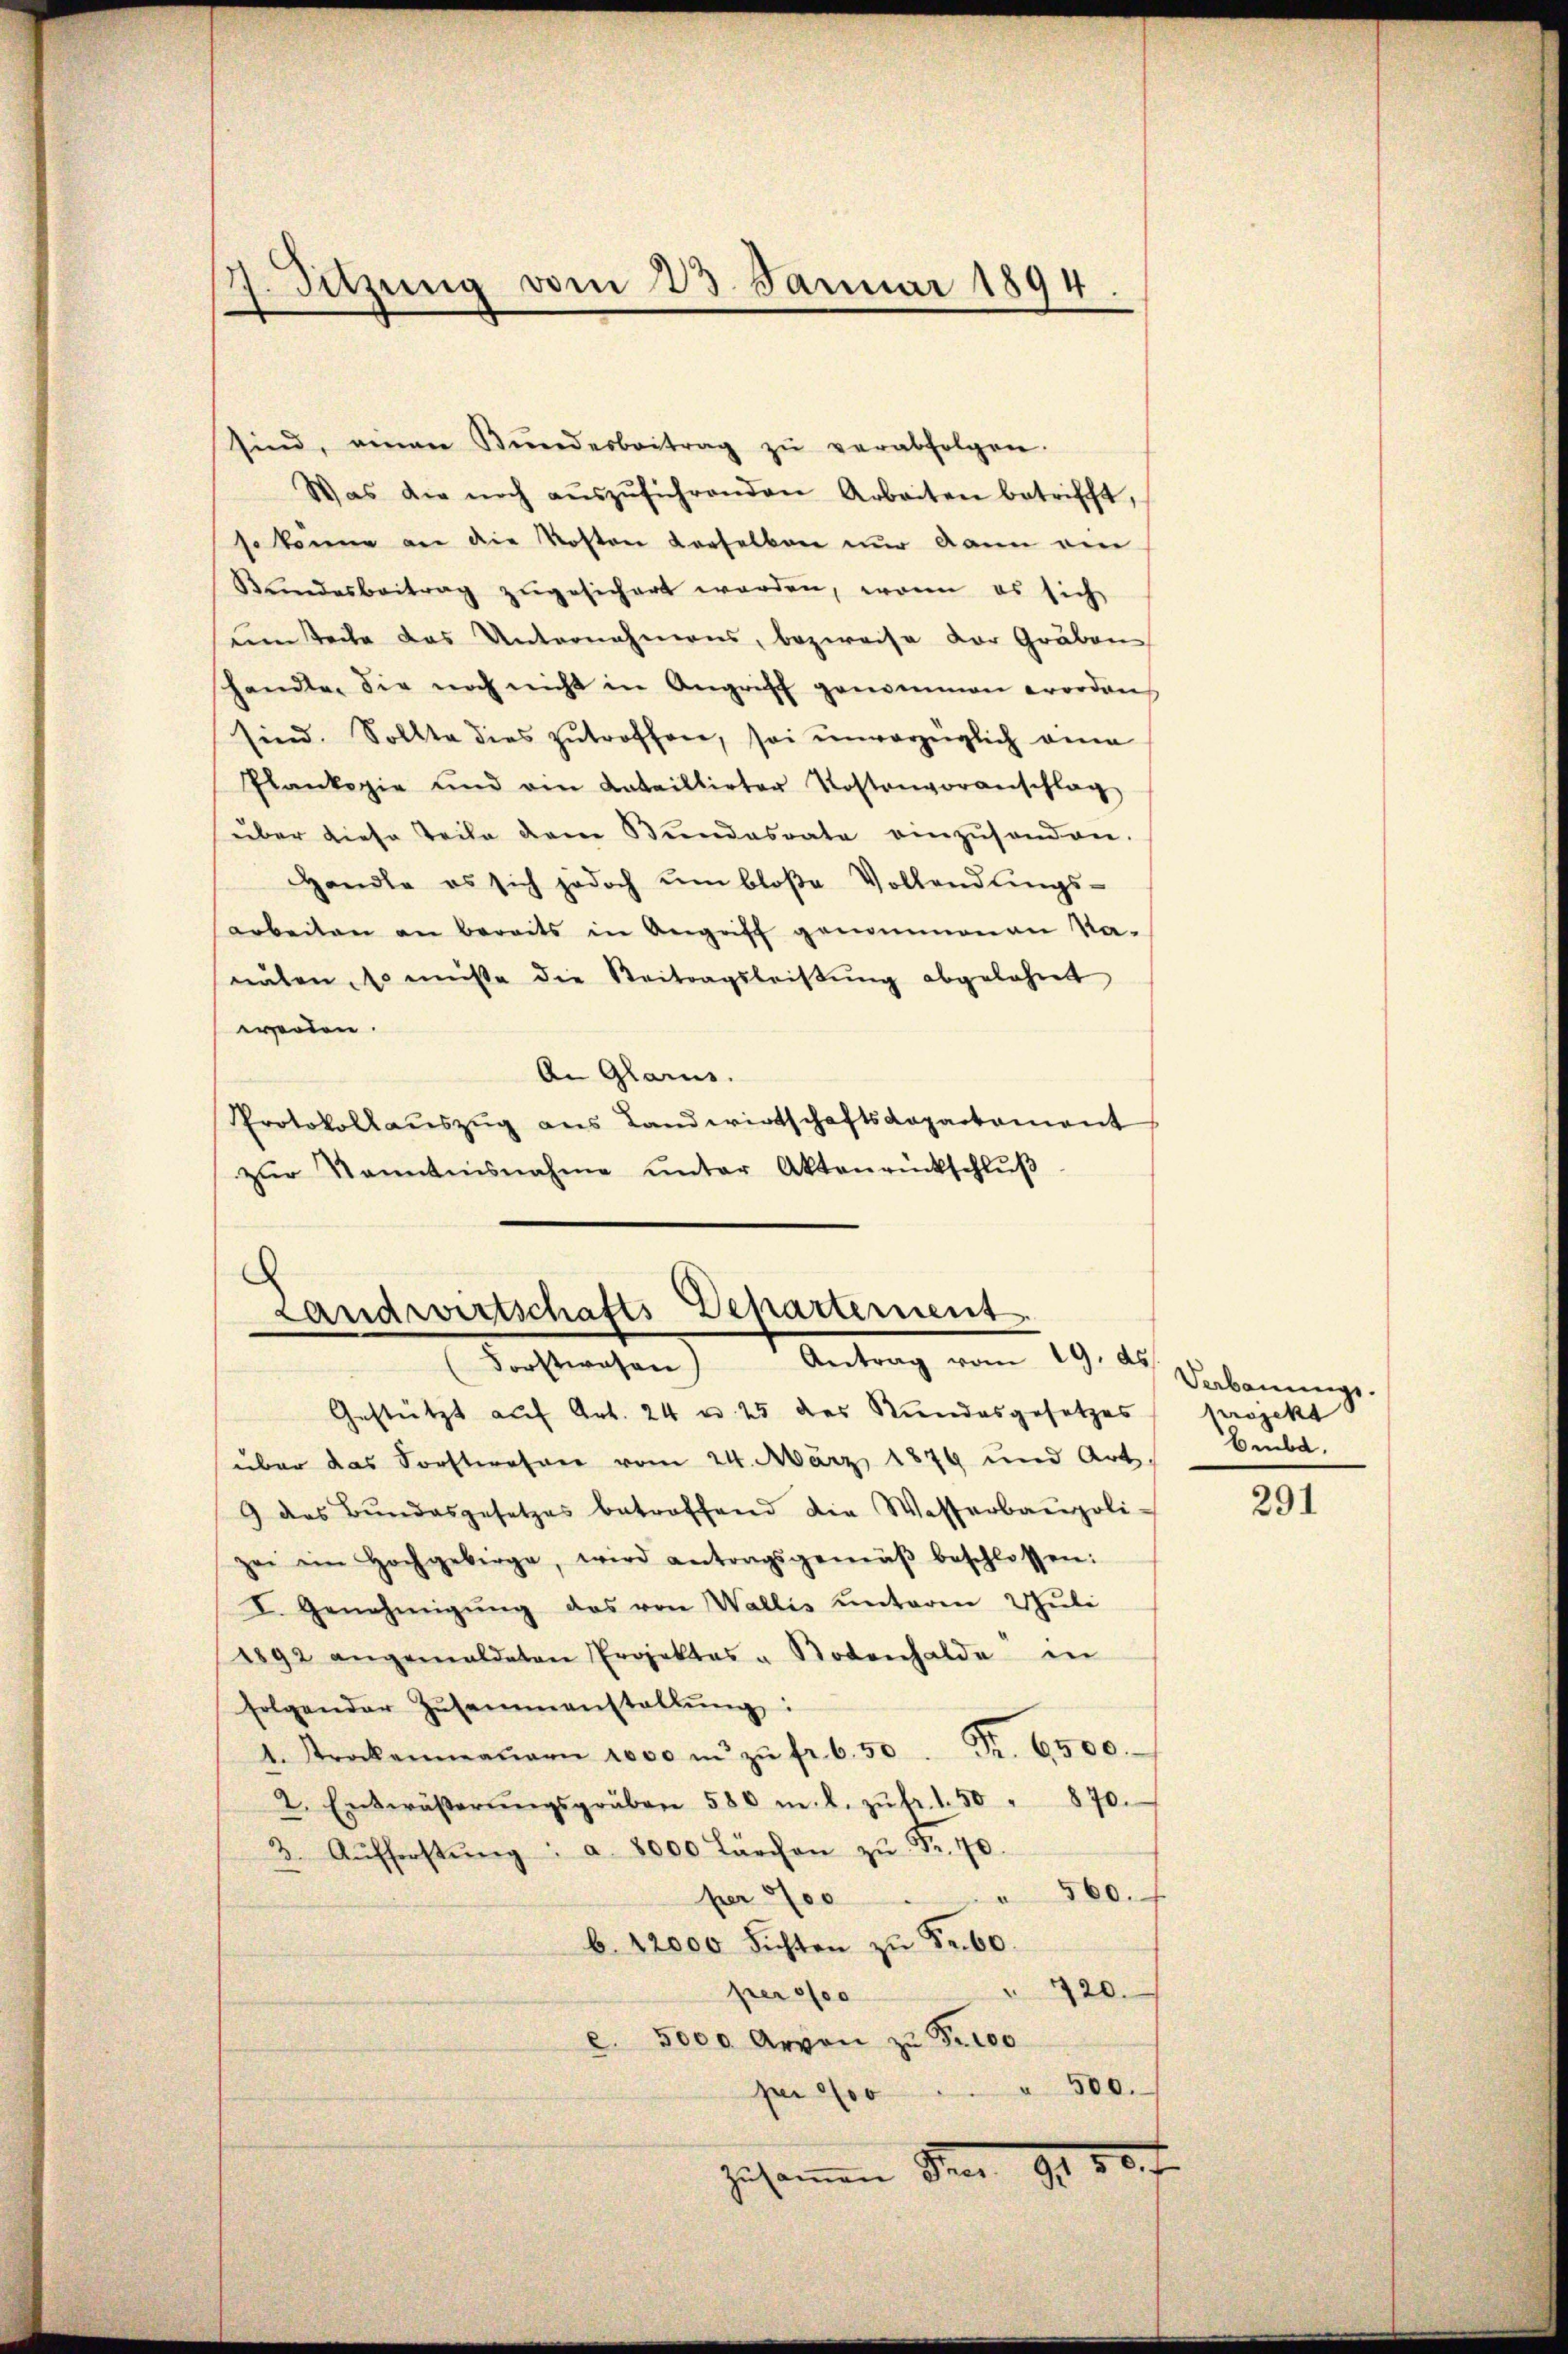
7. Sitzung vom 23. Januar 1894

sind, einen Bŭndesbeitrag zŭ verabfolgen.
Was die noch aŭszŭführenden Arbeiten betrifft,
so könne an die Kosten verselben nur dann ein
Kundesbeitrag zugesichert worden, wenn es sich
um Teile das Unternahmens, bezweife der Gräben
handle, die noch nicht in Angriff genommen worden
sind. Sollte dies zutroffen, sei unvorzüglich eine
Plankopie und ein Bataillirter Kostenvoranschlag
über diese Teile dem Bundesrate einzŭsenden.
Handle es sich jedoch um bloβe Vollendŭngs-
arbeiten an bereits in Angriff genommenen Na-
nuten, so müsse die Beitragsleistŭng abgelehnt
werden.
An Glarus.
Protokollauszug aus Landwirtschaftsdepartament
zŭr Kenntnisnahme ŭnter Aktenrückschlŭβ

Gestützt auf Art. 24 u. 25 des Kundesgesetzes Projekt
über das Forstwehrer vom 24. März 1879 und Art.
9 das Bŭndesgesetzes betroffend die Wasserbaupoli-
zei ein Hochgebirge, wird antragsgemäβ beschlossen:
I. Genehmigŭng das von Wallis unterm Schŭli
1892 angemeldeten Projektes u Botenhalde in
folgender Zusammenstallŭng:
Nr. 6500.
1. Strockenmaŭern 1000 in zŭ fr. 6.50
2. Entwässerŭngsgräben 580 m. L. zŭ br. 1.50 " 870.
3. Aŭfforstŭng: a. 8000 Lärchen zŭ Fr. 70.
" 560.
per 500
b. 12000 Sichten zu Fr. 60.
 720.
per so
e. 5000 Arvon zŭ Pr100
" 500.
per 200
zusammen der 194. 80 f

Landwirtschafts-Departement
Antrag vom 19. ds.
Forstwesen

Verbauungs.
brubt.

291